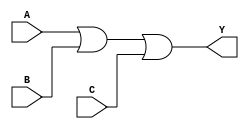
module or_gate(input wire A, B, C, output wire Y);

assign Y = A | B | C;

endmodule